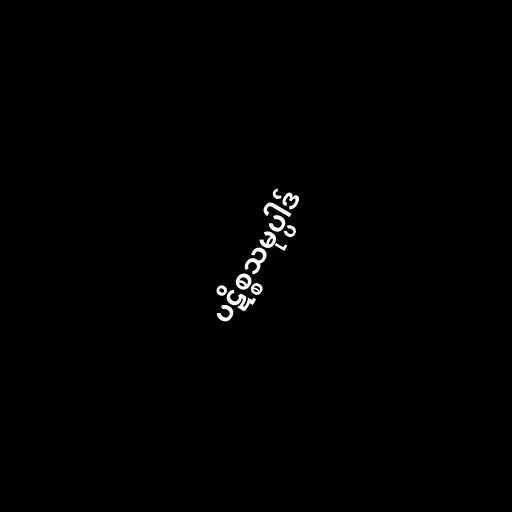
ပဋိစ္စသမုပ္ပါဒ်